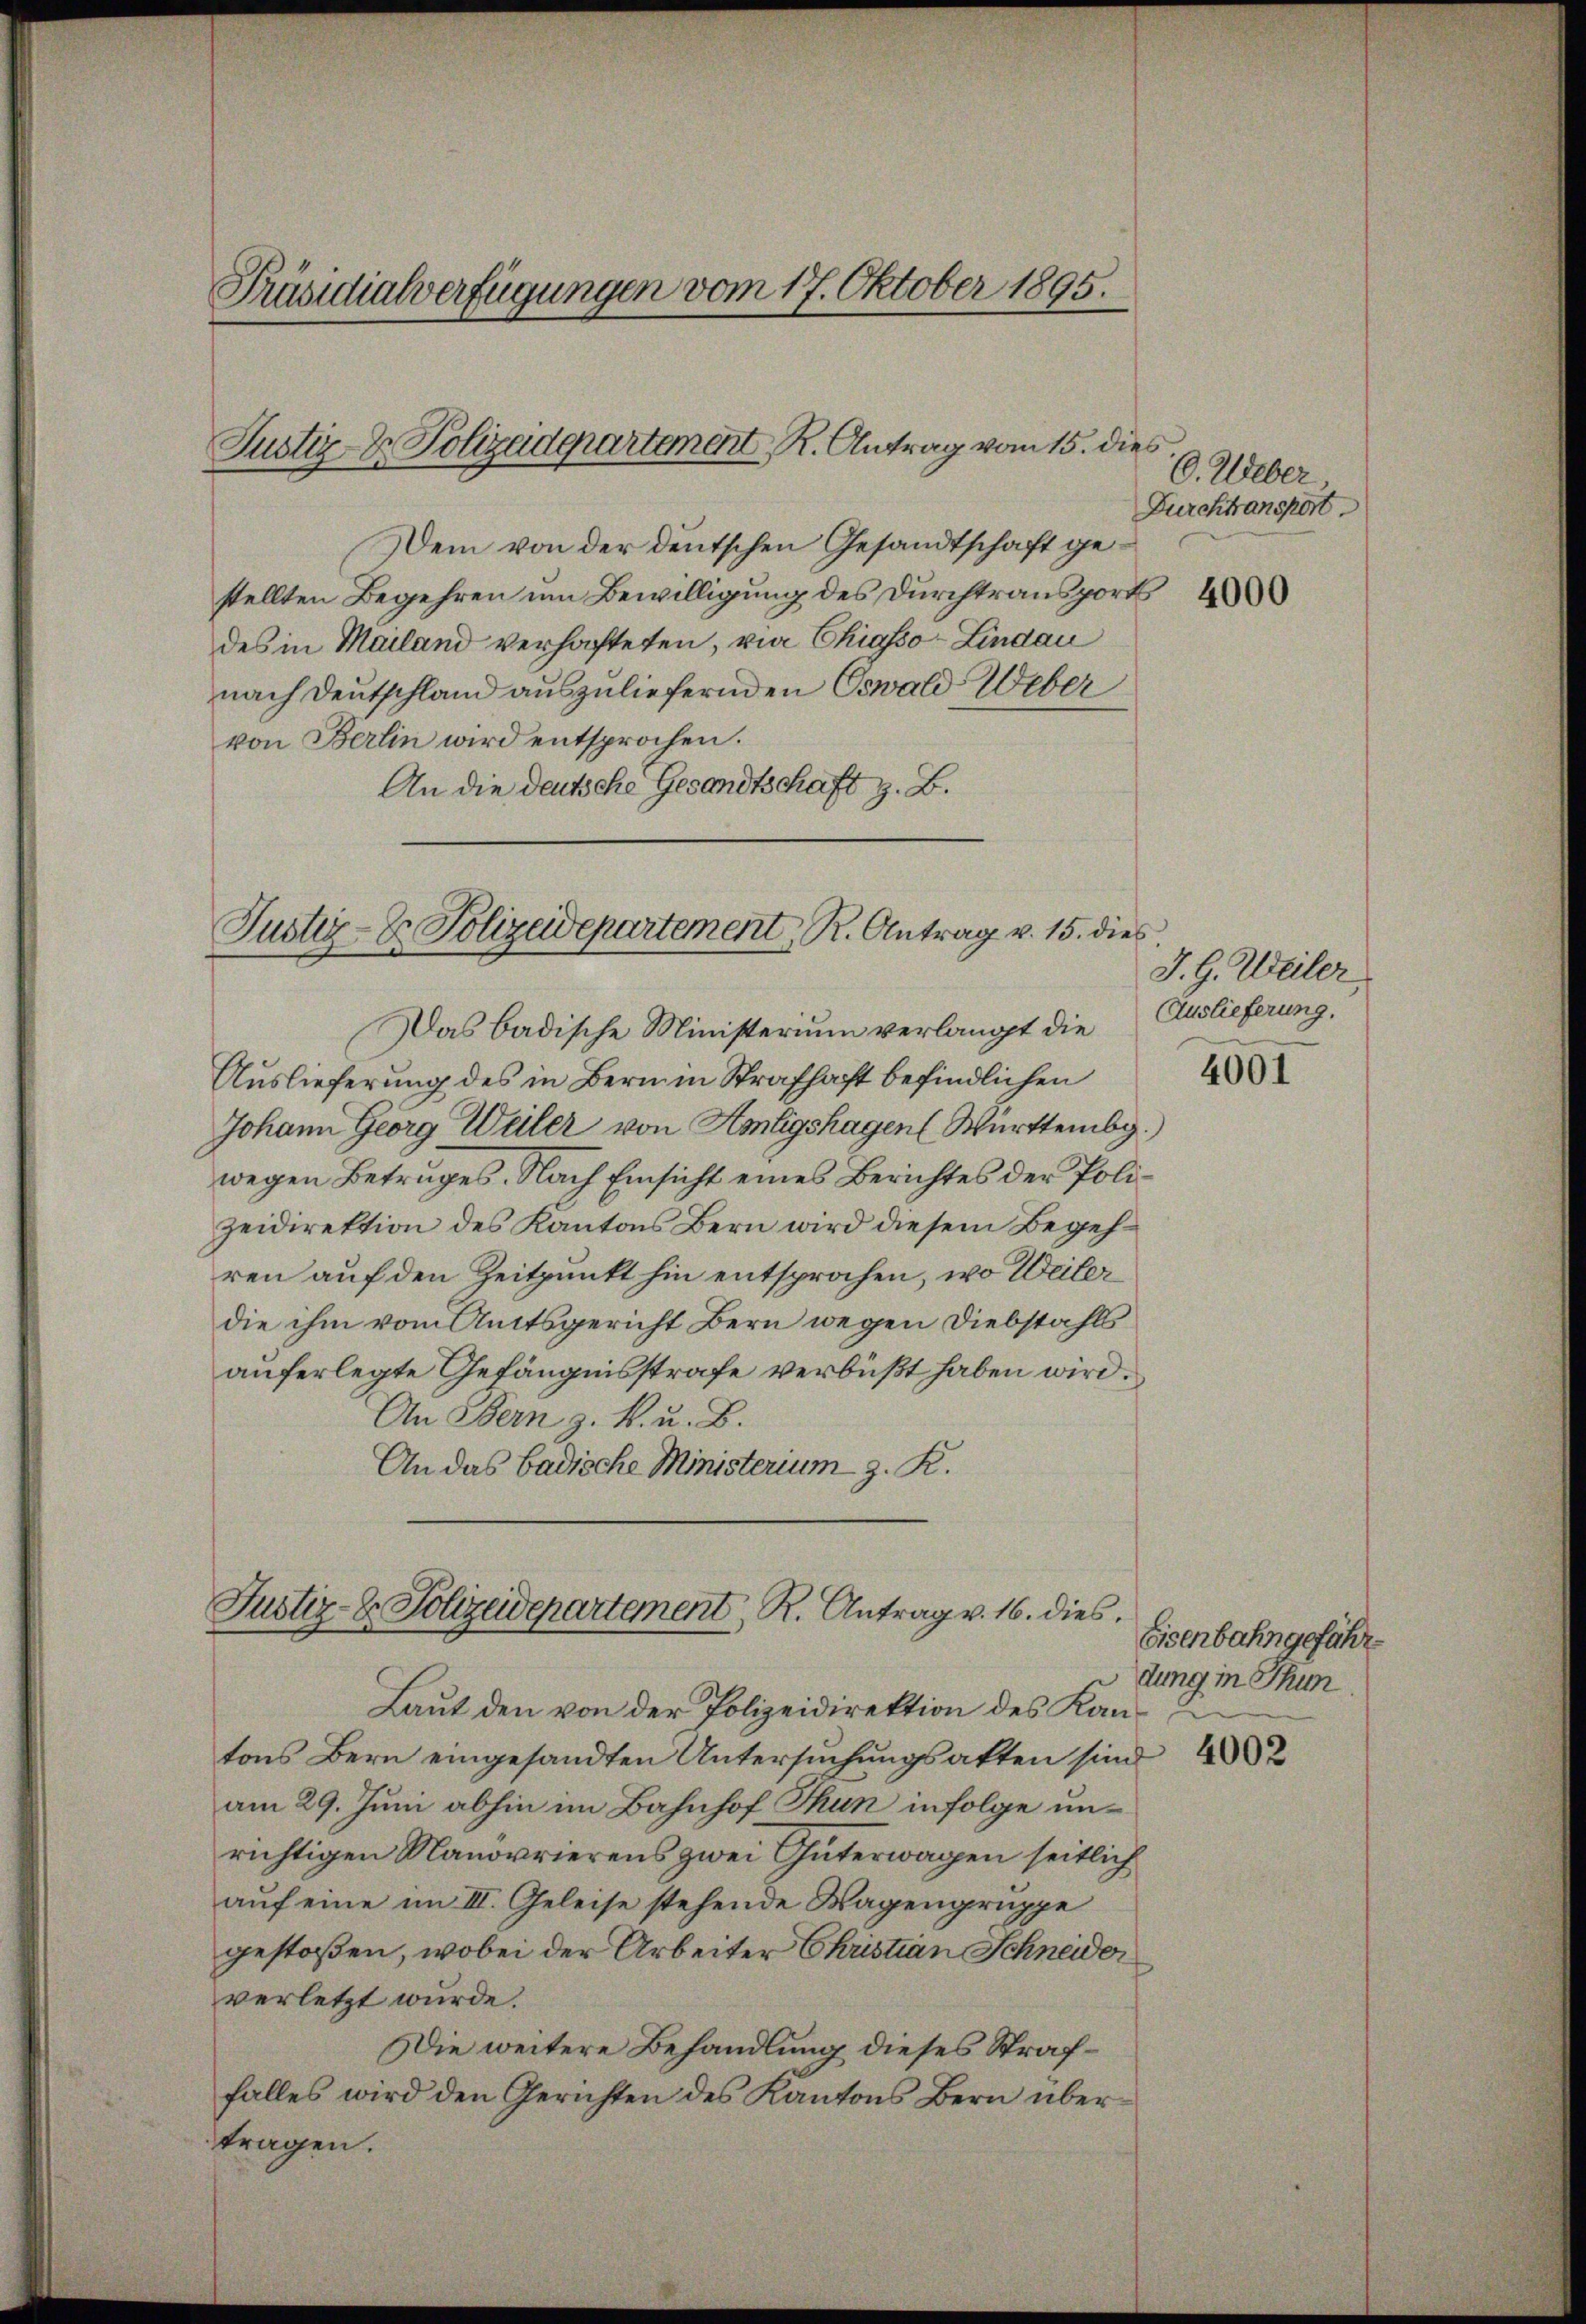
Präsidialverfügungen vom 17. Oktober 1895.

Justiz- & Polizeidepartement. Antrag vom 15. dies

Dem von der deutschen Gesandtschaft gestellten Begehren um Bewilligung des Durchtransports
des in Mailand verhafteten, vie Chiasso-Lindau
nach Deutschland auszuliefernden Oswald Weber
von Berlin wird entsprochen.
An die deutsche Gesandtschaft z. B.
Das badische Ministerium verlangt die
Auslieferung des in Bern in Strafhaft befindlichen
Johann Georg Weiler von Amtigshagen ( Württemb.)
wegen Betruges. Nach Einsicht eines Berichtes der Polizeidirektion des Kantons Bern wird diesem Begehren auf den Zeitpunkt hin entsprochen, wo Weiler
die ihm vom Amtsgericht Bern wegen Diebstahls
auferlegte Gefängnisstrafe verbüßt haben wird.
An Bern z. k. u. B.
An das badische Ministerium z. R.
Justiz- & Polizeidepartement, R. Antrag v. 16. dies
Laut den von der Polizeidirektion des Kantons Bern eingesandten Untersuchungsakten sind 482
am 29. Juni abhin im Bahnhof Thun infolge unrichtigen Manorrierens zwei Güterwagen seitlich
auf eine im III. Geleise stehende Wagengruppe
gestoßen, wobei der Arbeiter Christian Schneider
verletzt wurde.
Die weitere Behandlung dieses Straffalles wird den Gerichten des Kantons Bern übertragen.

Justiz- & Polizeidepartement, R. Antrag v. 15. dies

C. Ueber
Durchtransport

J. G. Weiler
Auslieferung.
4001

Eisenbahngefährdung in Thun.